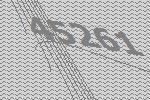
45261